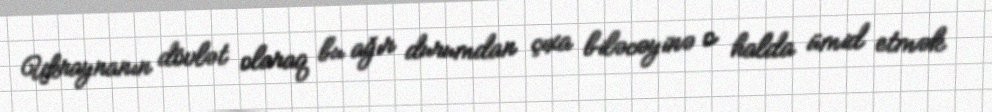
Ukraynanın dövlət olaraq bu ağır durumdan çıxa biləcəyinə o halda ümid etmək